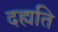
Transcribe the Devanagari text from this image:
दह्यति